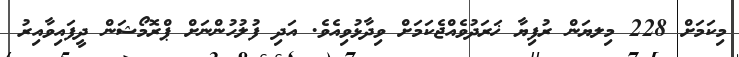
މިކަމަށް 228 މިލޔަން ރުފިޔާ ޚަރަދުވެއްޖެކަމަށް ވިދާޅުވިއެވެ. އަދި ފުލުހުންނަށް ޕްރޮމޯޝަން ދީފައިވާއިރު